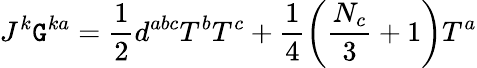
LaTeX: J^{k}\mathtt{G}^{ka}=\frac{1}{2}d^{abc}T^{b}T^{c}+\frac{1}{4}\left(\frac{{N_{c}}}{3}+1\right)T^{a}